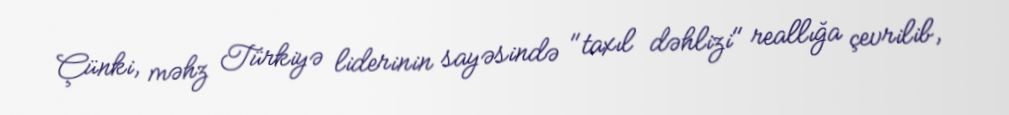
Çünki, məhz Türkiyə liderinin sayəsində "taxıl dəhlizi" reallığa çevrilib,